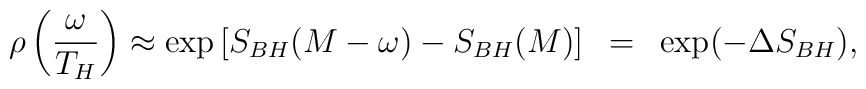
\rho\left(\frac{\omega}{T_H}\right) \approx \exp \left[ S_{BH}(M- \omega) - S_{BH} (M) \right]~=~\exp(-\Delta S_{BH}),